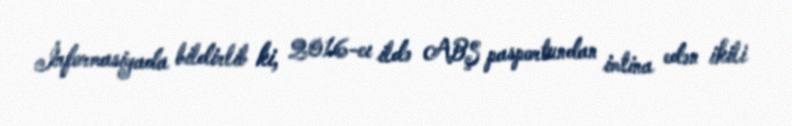
İnformasiyada bildirlib ki, 2016-cı ildə ABŞ pasportundan imtina edən ikili